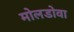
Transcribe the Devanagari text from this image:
मोलडोवा